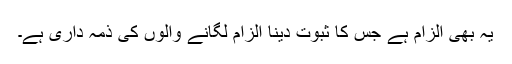
یہ بھی الزام ہے جس کا ثبوت دینا الزام لگانے والوں کی ذمہ داری ہے۔